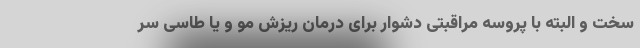
سخت و البته با پروسه مراقبتی دشوار برای درمان ریزش مو و یا طاسی سر